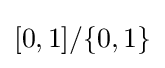
[0,1]/\{0,1\}